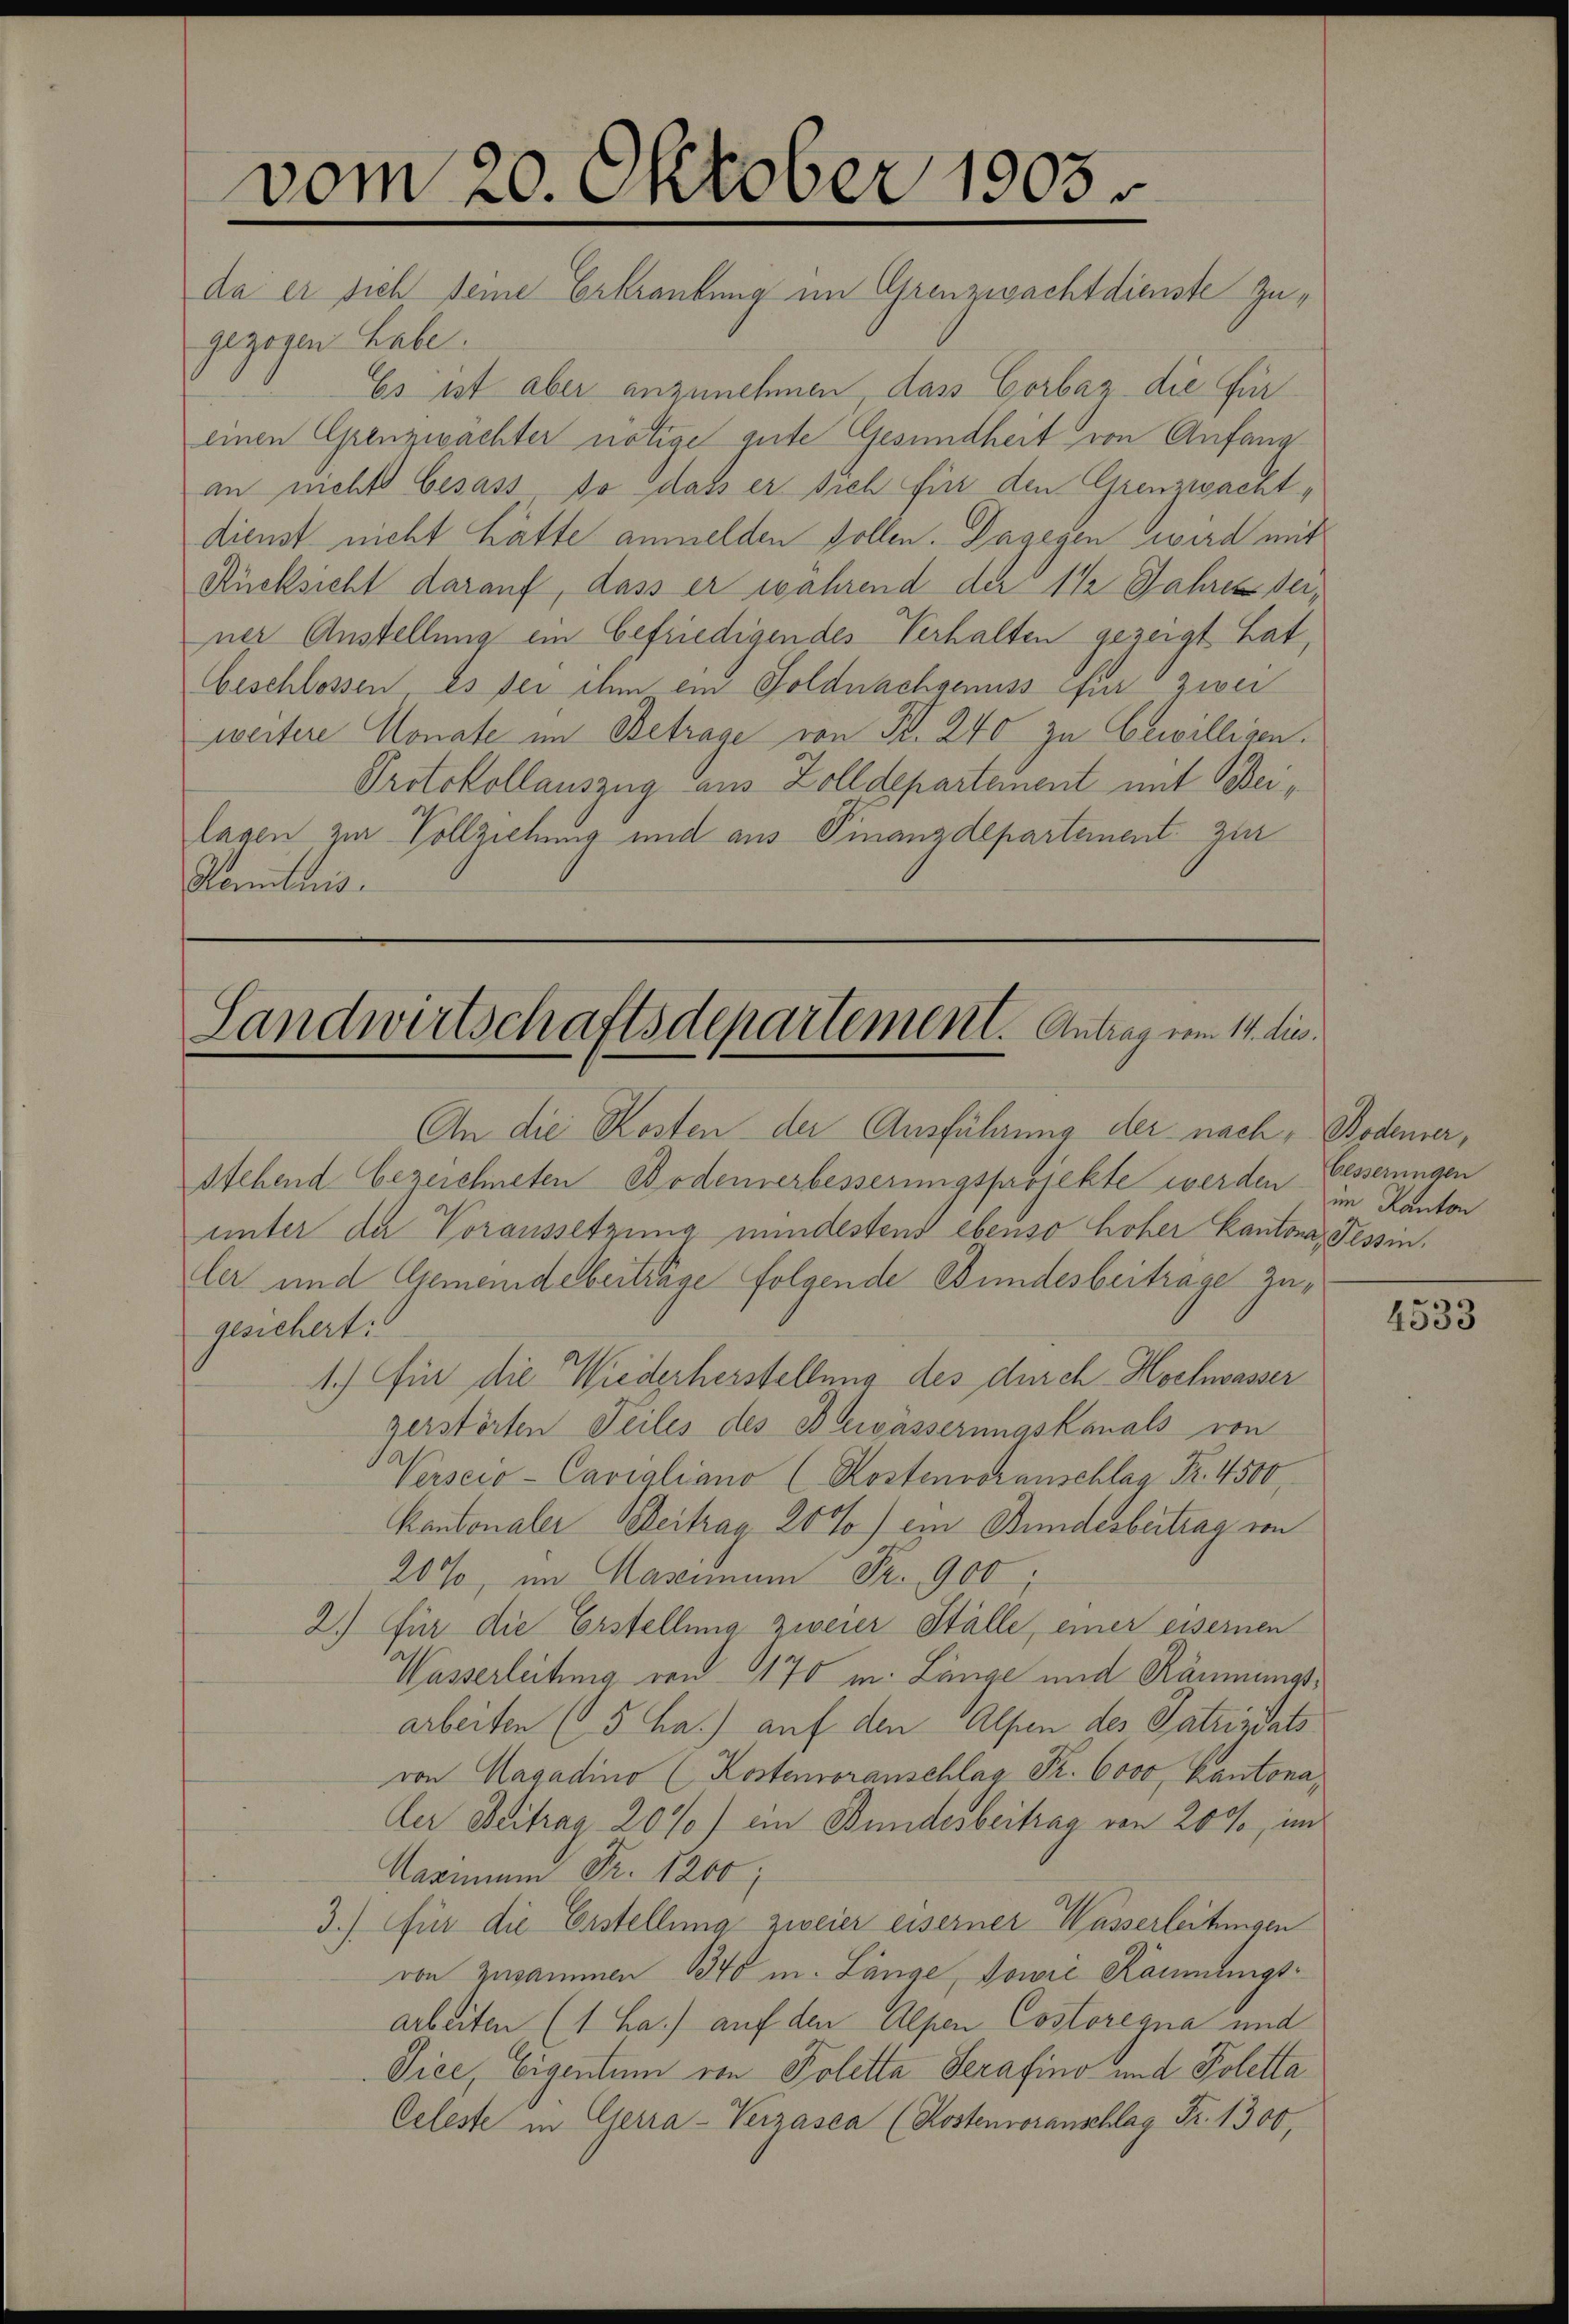
vom 20. Oktober 1903.
da er sich seine Erkrankung im Grenzwachtdienste Zu¬

Landwirtschaftsdepartement. Antrag vom 14. dies.

gezogen habe.
Es ist aber anzunehmen dass Gorbaz die Füreinen Grenzwachter nötige gute Gesundheit von Anfang
an nichts besass so dass er sich für den Grenzwachtdienst nicht hätte anmelden sollen. Dagegen wird mit
Rücksicht darauf, dass er während der 1 ½ Jahres der,
ner Anstellung ein befriedigen des Verhalten gezeigt hat
beschlossen es sei ihm ein Goldnachgenuss für zwei
weitere Monate im Betrage von S. 240 zu bewilligen.
Protokollauszug aus Zolldepartement mit Beilagen zur Vollziehung und aus Finanzdepartement zur
Kenntnis.

An die Kosten der Ausführung der nach, Bodener,
stehend bezeichneten Bodenerbesserungsprojekte werden im Kanton

unter der Voraussetzung mindestend ebenso hoher Kantona, Tessin.
ler und Gemeindeberträge folgende Bundesbeiträge zugesichert:
1.) für die Wiederherstellung des durch Hochwasser
zerstörten Teiles des Bewässerungskanals von
Verscio-Cavigliano (Kostenvoranschlag Nr. 4500
Kantonaler Beitrag 20%) ein Bundesbeitrag von
20%, im Casimum Fr. 900
2.) Für die Erstellung zweier Ställe, einer eisernen
Wasserleitung von 1170 m. Länge und Räumungsarbeiten (5 ha.) auf den Alpen des Patriziats
von Hagadino (Kostenvoranschlag Fr. 6000, Kantonaler Beitrag 20% / ein Bundesbeitrag von 200, im
Karmund Fr. 1200
3.) Für die Erstellung zweier eiserner Wasserleitungen
von Zusammen 1340 m. Länge, sowie Kommungsarbeiten (1 La.) auf den Alpen Costoregna und
Sice, Eigentum von Poletta Serafino und Poletta
Celeste in Cerra-Verzasca (Kostenvoranschlag Fr. 1300,

besserungen

4533